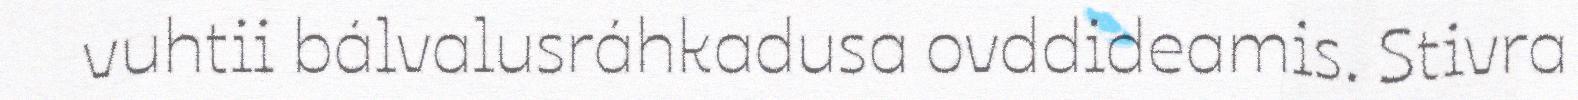
vuhtii bálvalusráhkadusa ovddideamis. Stivra